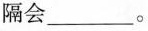
隔会___。